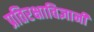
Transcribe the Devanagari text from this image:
प्रतिरक्षाविज्ञानी